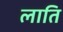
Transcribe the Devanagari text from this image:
लाति